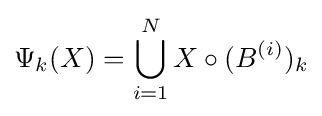
\Psi _{k}(X)=\bigcup _{i=1}^{N}X\circ (B^{(i)})_{k}